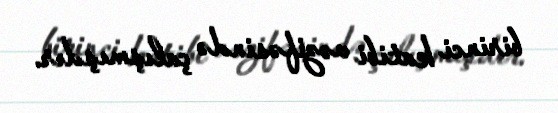
birinci katibi vəzifəsində çalışmışdır.